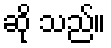
ဆို သည်။